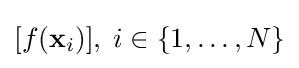
{\textstyle [f(\mathbf {x} _{i})],\;i\in \{1,\ldots ,N\}}